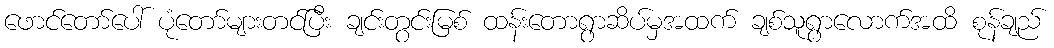
ဖောင်တော်ပေါ် ပုံတော်များတင်ပြီး ချင်းတွင်းမြစ် ထန်းတောရွာဆိပ်မှအထက် ချစ်သူရွာလောက်အထိ စုန်ချည်